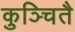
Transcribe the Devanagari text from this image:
कुञ्चितै